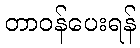
တာဝန်ပေးရန်